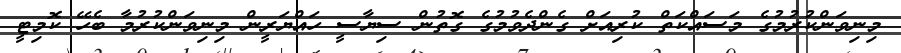
މިނިވަންކުރުމުގެ މަސައްކަތް ކުރިއަށް ގެންދެވުމުގެ ގޮތުން ސިޔާސީ ހައްޔަރީން މިނިވަންކުރުމާ ބެހޭ ކޮމިޓީ